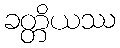
ခတ္တိယဿ